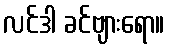
လင်ဒါ ခင်ဗျားရော။